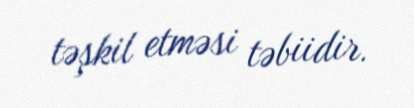
təşkil etməsi təbiidir.